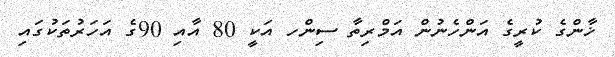
ޚާންގެ ކުރީގެ އަންހެނުން އަމްރިތާ ސިންހ އަކީ 80 އާއި 90ގެ އަހަރުތަކުގައި